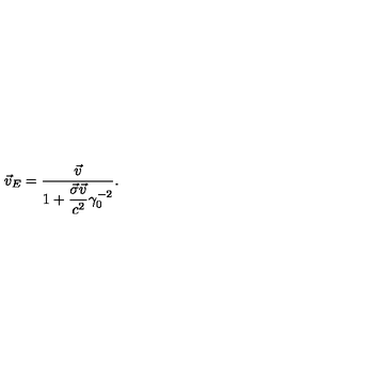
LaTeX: \vec { v } _ { E } = \frac { \vec { v } } { 1 + \displaystyle \frac { \vec { \sigma } \vec { v } } { c ^ { 2 } } \gamma _ { 0 } ^ { - 2 } } .